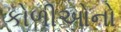
કોળીઓનો